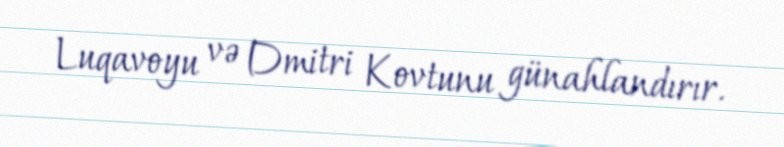
Luqavoyu və Dmitri Kovtunu günahlandırır.